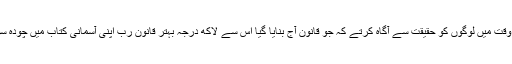
آپ کا کام یہ تھا کہ آپ ایسے وقت میں لوگوں کو حقیقت سے آگاہ کرتے کہ جو قانون آج بنایا گیا اس سے لاکھ درجہ بہتر قانون رب اپنی آسمانی کتاب میں چودہ سو سال پہلے نازل کرچکا ہے ۔